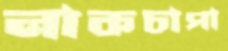
নাকচাপা